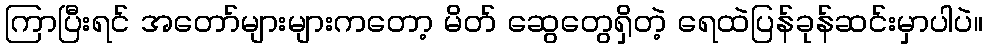
ကြာပြီးရင် အတော်များများကတော့ မိတ် ဆွေတွေရှိတဲ့ ရေထဲပြန်ခုန်ဆင်းမှာပါပဲ။